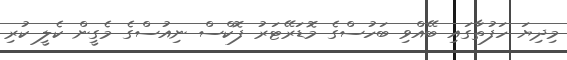
މިދިޔަ ހަފުތާގައި ބޭއްވި ބަހުސްގެ މޮޑަރޭޓަރު ފޮކްސް ނިއުސްގެ މެގީން ކެލީ ކުރި